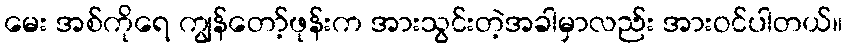
မေး အစ်ကိုရေ ကျွန်တော့်ဖုန်းက အားသွင်းတဲ့အခါမှာလည်း အားဝင်ပါတယ်။